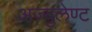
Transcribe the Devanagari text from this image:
अज्युलेण्ट